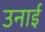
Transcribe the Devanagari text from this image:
उनाई